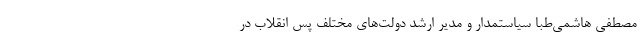
مصطفی هاشمی‌طبا سیاستمدار و مدیر ارشد دولت‌های مختلف پس انقلاب در